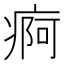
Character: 痾